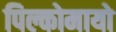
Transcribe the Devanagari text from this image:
पिल्कोमायो